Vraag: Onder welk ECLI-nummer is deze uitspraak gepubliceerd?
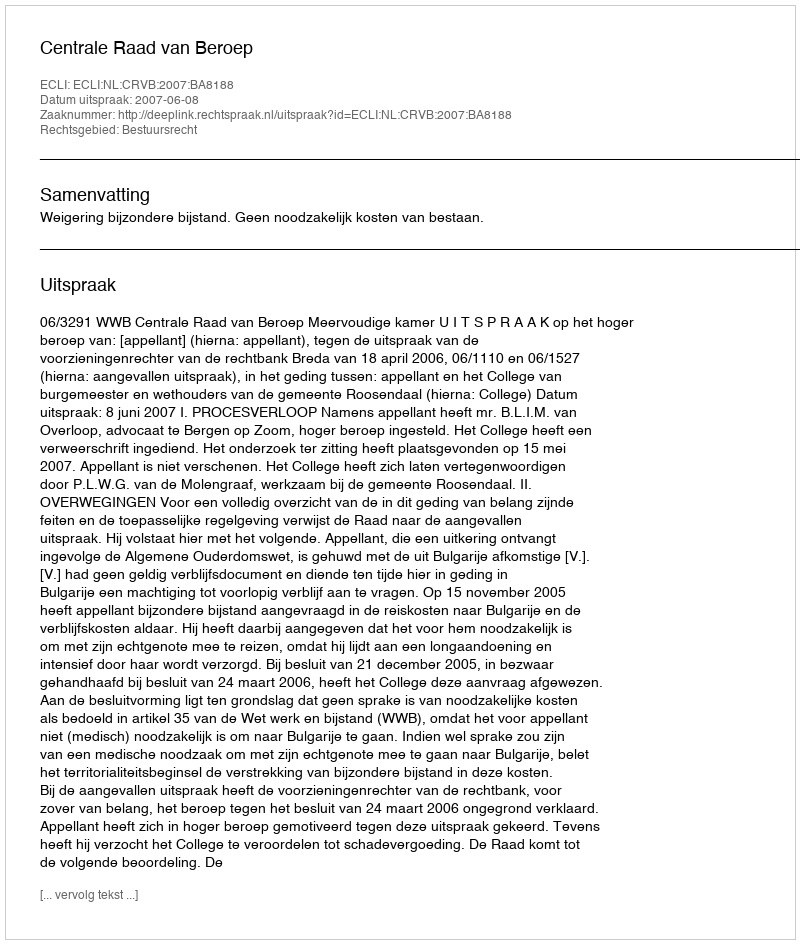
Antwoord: ECLI:NL:CRVB:2007:BA8188